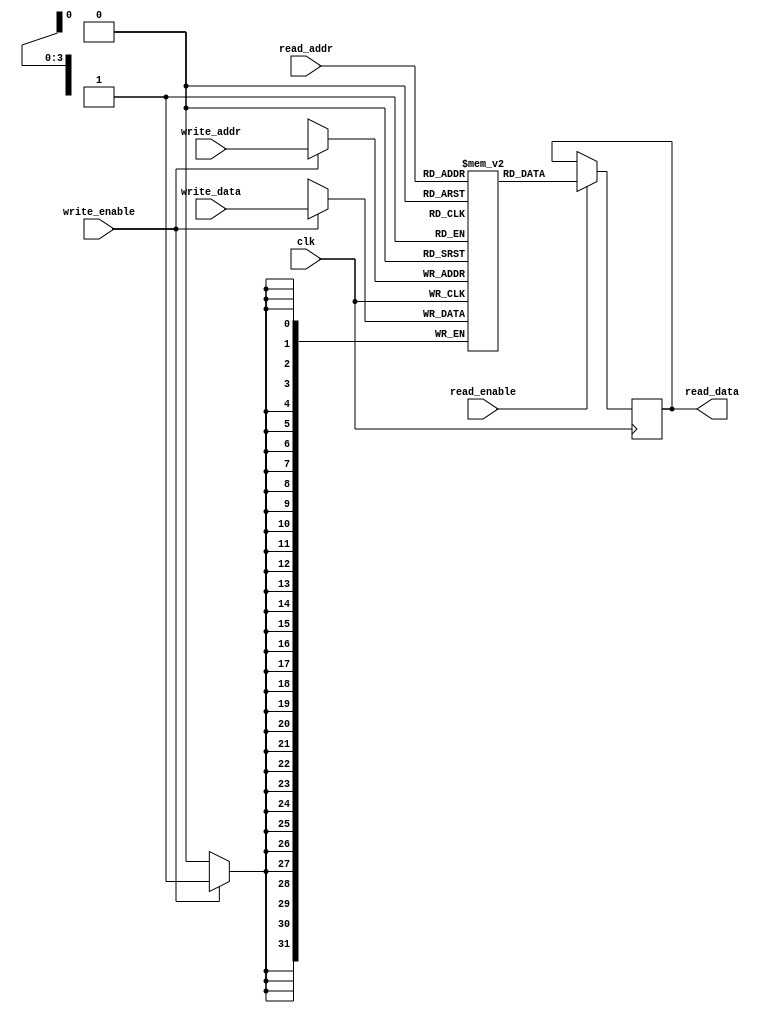
module register_file(
    input wire [3:0] write_addr,
    input wire [3:0] read_addr,
    input wire [31:0] write_data,
    output reg [31:0] read_data,
    input wire write_enable,
    input wire read_enable,
    input wire clk
);

reg [31:0] registers [15:0];

always@(posedge clk) begin
    if(write_enable) begin
        registers[write_addr] <= write_data;
    end
    if(read_enable) begin
        read_data <= registers[read_addr];
    end
end

endmodule